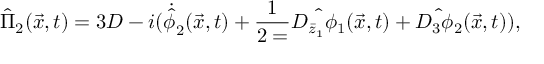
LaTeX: { \hat { \Pi } } _ { 2 } ( \vec { x } , t ) = 3 D - i ( { \dot { \hat { \phi } } } _ { 2 } ( \vec { x } , t ) + \frac { 1 } { 2 = } \hat { D _ { { \bar { z } } _ { 1 } } \phi _ { 1 } } ( \vec { x } , t ) + \hat { D _ { 3 } \phi _ { 2 } } ( \vec { x } , t ) ) ,